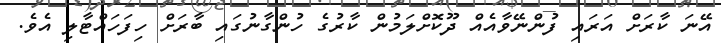
އޭނަ ކާރަށް އަރައި ފުންނޭވާއެއް ދޫކޮށްލަމުން ކާރުގެ ހުންގާނުގައި ބާރަށް ހިފަހައްޓާލި އެވެ.